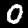
Digit: 0